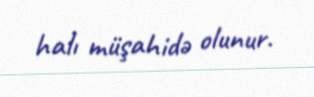
halı müşahidə olunur.